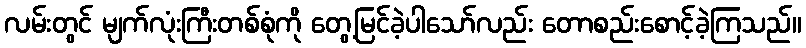
လမ်းတွင် မျက်လုံးကြီးတစ်စုံကို တွေ့မြင်ခဲ့ပါသော်လည်း တောစည်းစောင့်ခဲ့ကြသည်။